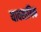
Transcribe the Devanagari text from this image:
यावसायिक